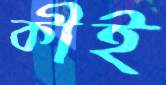
কীই